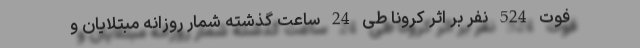
فوت 524 نفر بر اثر کرونا طی 24 ساعت گذشته شمار روزانه مبتلایان و